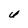
Character: U